Jaan_Tonisson_(Lasteleht), lk 358
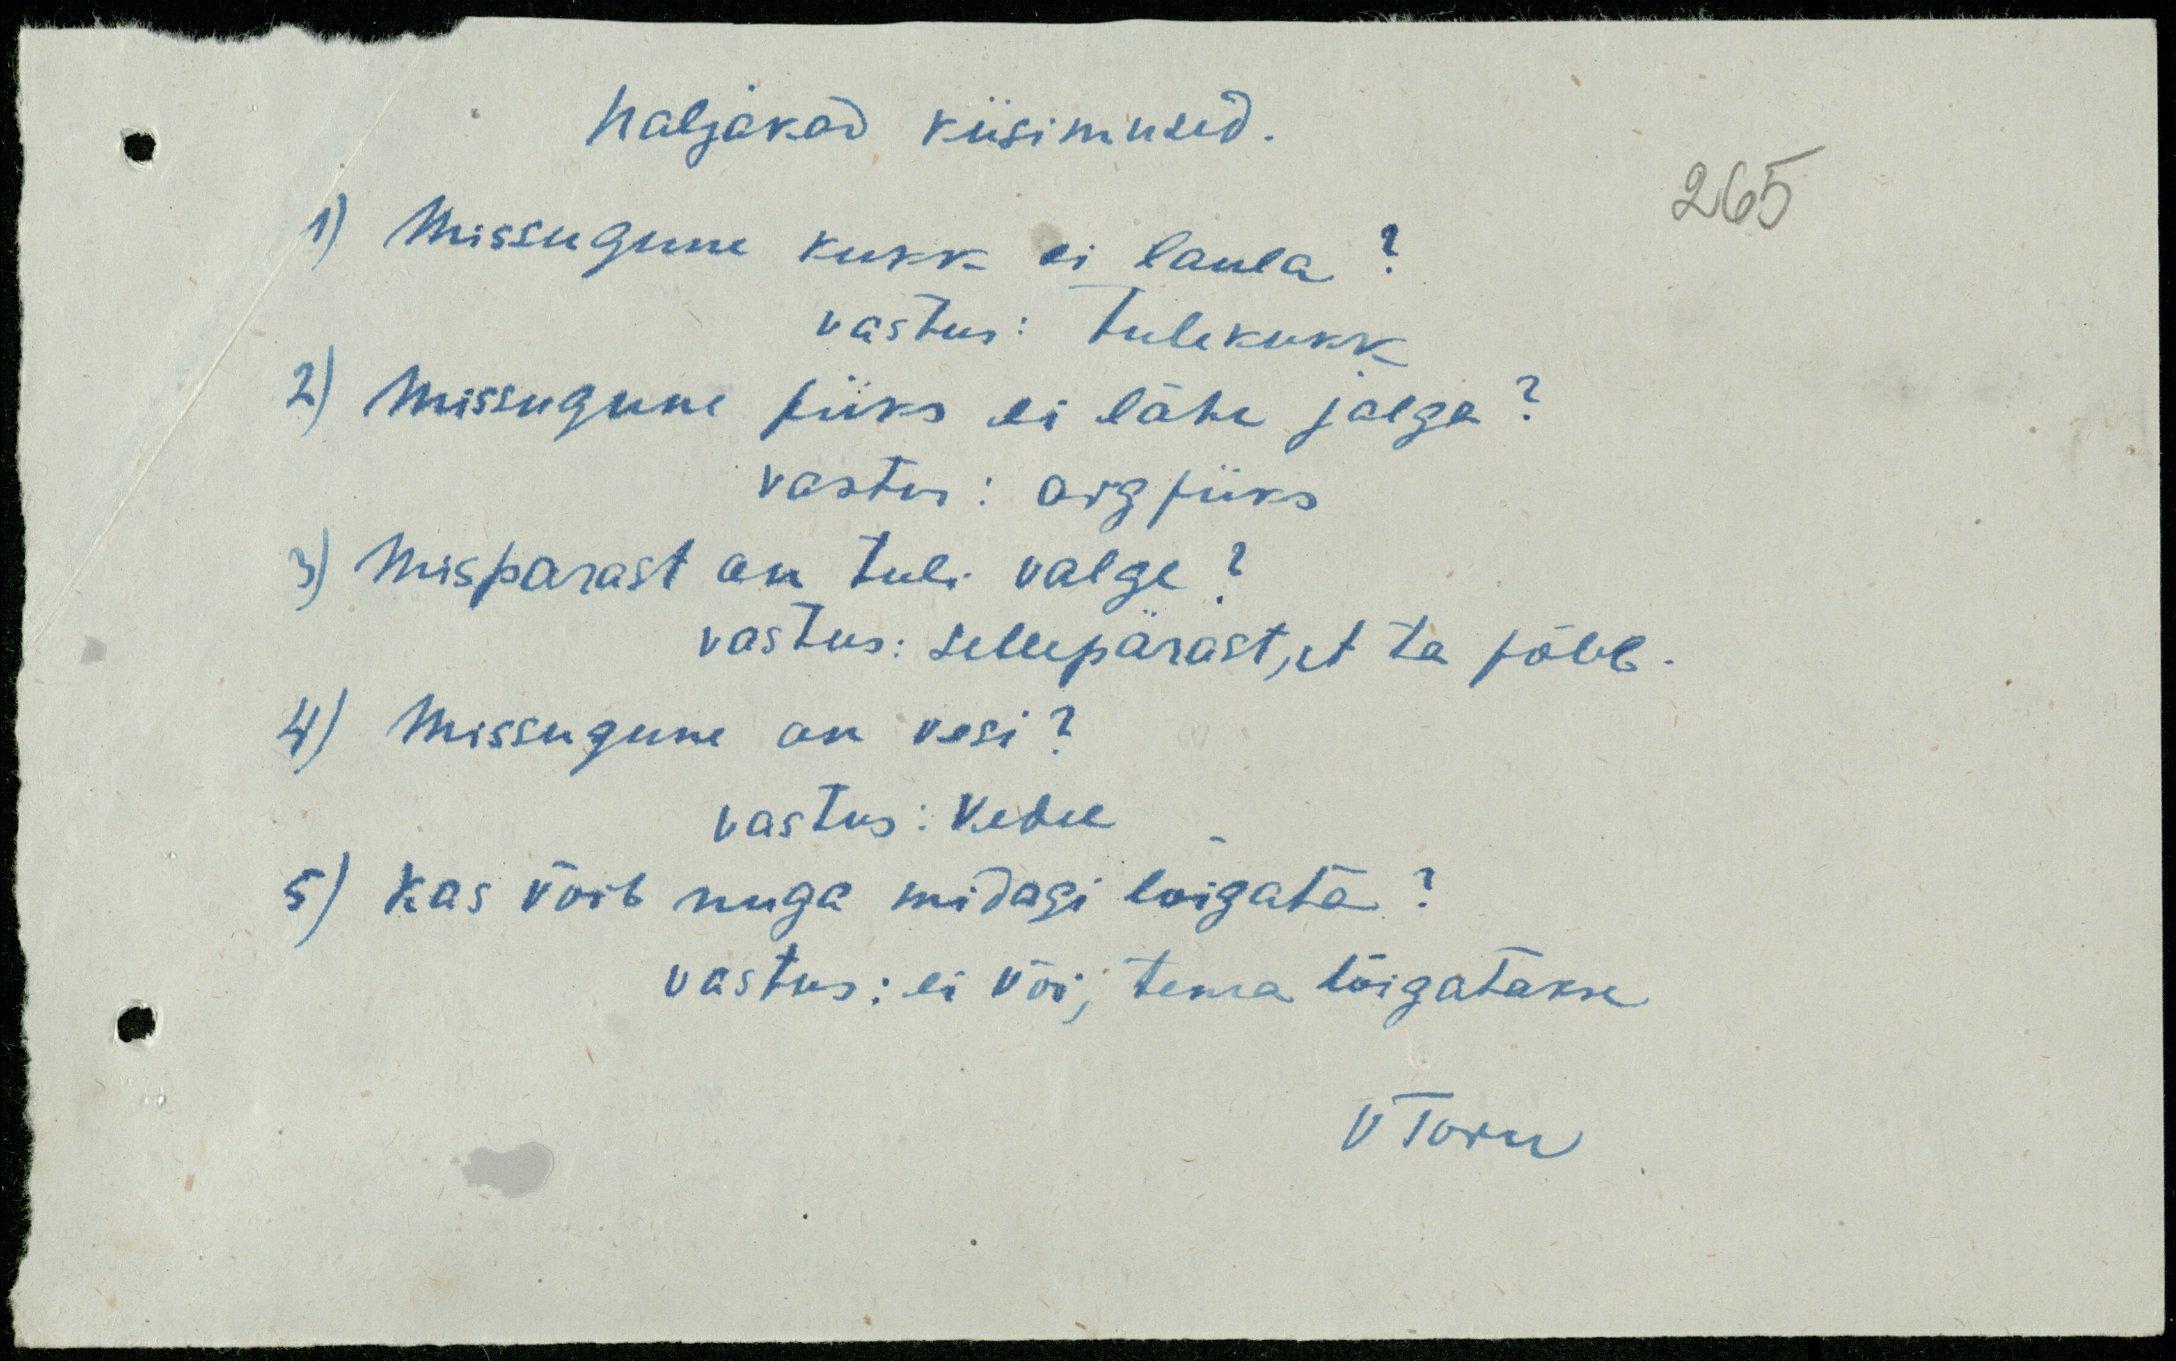
naljakad küsimused.
265
1) Missugune kukk ei laula?
vastus: tulekukk
2) Missugune püks ei lähe jalga?
vastu: argpüks
3) mispärast on tuli valge?
vastus: sellepärast, et ta põleb.
4) Missugune on vesi?
vastus: Vedel
5) Kas võib nuga midagi lõigata?
vastus: ei või, tema lõigatakse
V Toru